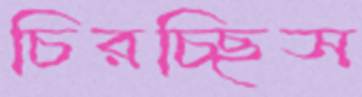
চিরচ্ছিস